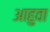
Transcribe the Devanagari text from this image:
आहुवा